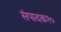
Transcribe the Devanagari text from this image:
संपादक१०